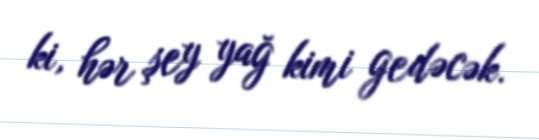
ki, hər şey yağ kimi gedəcək.